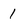
Character: 1